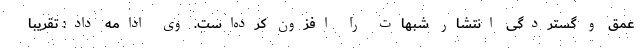
عمق و گستردگی انتشار شبهات را افزون کرده‌است. وی ادامه داد: تقریبا